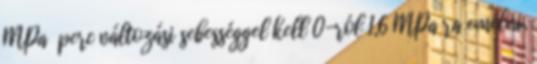
MPa perc változási sebességgel kell 0-ról 1,6 MPa ra emelni,